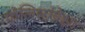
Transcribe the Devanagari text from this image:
पोलिसांपेक्षा